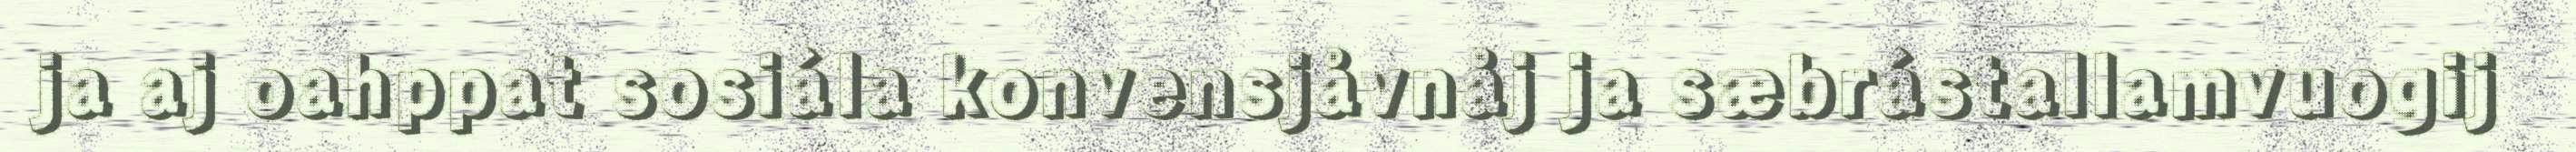
ja aj oahppat sosiála konvensjåvnåj ja sæbrástallamvuogij